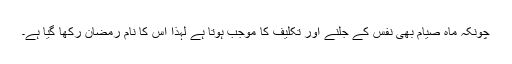
چونکہ ماہِ صیّام بھی نفس کے جلنے اور تکلیف کا موجب ہوتا ہے لہٰذا اس کا نام رمضان رکھا گیا ہے۔